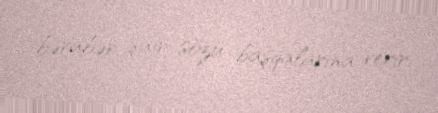
bərabər, şair sözü başqalarına verir.